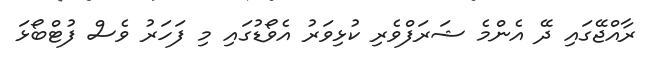
ރާއްޖޭގައި ދޭ އެންމެ ޝަރަފްވެރި ކުޅިވަރު އެވޯޑުގައި މި ފަހަރު ވެސް ފުޓްބޯޅަ